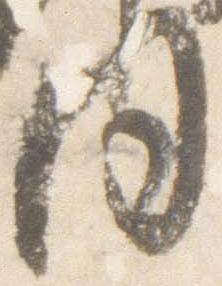
同